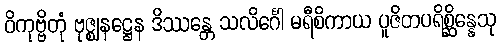
ဝိကုဗ္ဗိတုံ ဗုဇ္ဈနဋ္ဌေန ဒိဿန္တေ သလိင်္ဂေါ မရီစိကာယ ပူဇိတပရိစ္ဆိန္နေသု